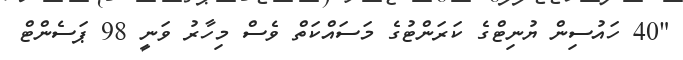
"40 ހައުސިން ޔުނިޓްގެ ކަރަންޓުގެ މަސައްކަތް ވެސް މިހާރު ވަނީ 98 ޕަސެންޓް